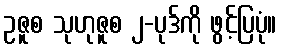
ဥဇူစ သုဟုဇူစ ၂-ပုဒ်ကို ဖွင့်ပြပုံ။